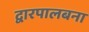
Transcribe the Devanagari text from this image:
द्वारपालबना